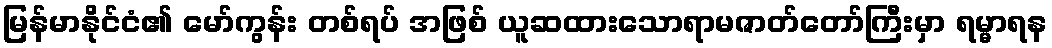
မြန်မာနိုင်ငံ၏ မော်ကွန်း တစ်ရပ် အဖြစ် ယူဆထားသောရာမဇာတ်တော်ကြီးမှာ ရမ္မာရန